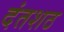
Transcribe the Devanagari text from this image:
दंतशठ